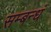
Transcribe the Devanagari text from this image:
सम्बन्धं